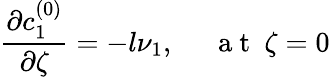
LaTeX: \frac{\partial c_{1}^{(0)}}{\partial\zeta}=-l\nu_{1},~~~~~\mathrm{~a~t~}~\zeta=0